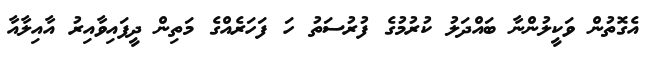
އެގޮތުން ވަކީލުންނާ ބައްދަލު ކުރުމުގެ ފުރުސަތު ހަ ފަހަރެއްގެ މަތިން ދީފައިވާއިރު އާއިލާއާ